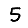
Digit: 5